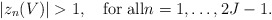
\begin{align*}|z_n(V)|>1, \quad{\rm for\; all} n=1,\ldots, 2J-1.\end{align*}